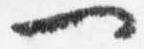
一